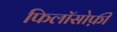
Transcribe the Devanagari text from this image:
फिलॉसोफ़ी